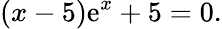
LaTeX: (x-5)\mathrm{e}^{x}+5=0.